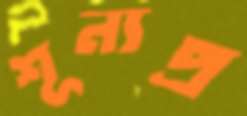
শূন্যপ্র